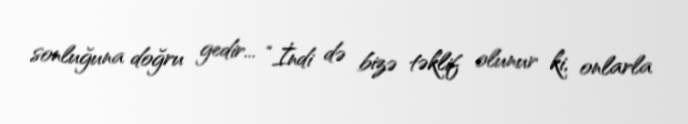
sonluğuna doğru gedir... “İndi də bizə təklif olunur ki, onlarla